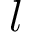
l